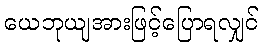
ယေဘုယျအားဖြင့်ပြောရလျှင်